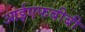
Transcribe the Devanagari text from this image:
आईएफबीबी